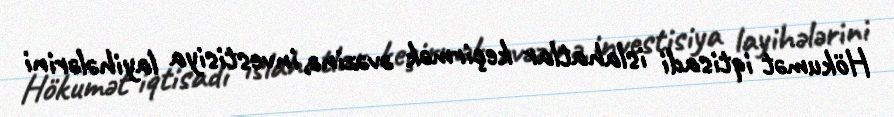
Hökumət iqtisadi islahatlar keçirmək əvəzinə, investisiya layihələrini